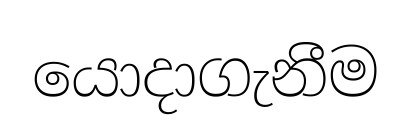
යොදාගැනීම